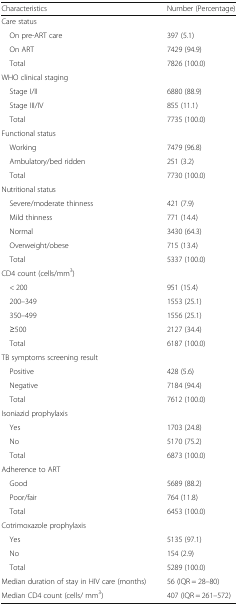
<table><thead><tr><td><b>Characteristics</b></td><td><b>Number (Percentage)</b></td></tr></thead><tbody><tr><td colspan="2">Care status</td></tr><tr><td> On pre-ART care</td><td>397 (5.1)</td></tr><tr><td> On ART</td><td>7429 (94.9)</td></tr><tr><td> Total</td><td>7826 (100.0)</td></tr><tr><td colspan="2">WHO clinical staging</td></tr><tr><td> Stage I/II</td><td>6880 (88.9)</td></tr><tr><td> Stage III/IV</td><td>855 (11.1)</td></tr><tr><td> Total</td><td>7735 (100.0)</td></tr><tr><td colspan="2">Functional status</td></tr><tr><td> Working</td><td>7479 (96.8)</td></tr><tr><td> Ambulatory/bed ridden</td><td>251 (3.2)</td></tr><tr><td> Total</td><td>7730 (100.0)</td></tr><tr><td colspan="2">Nutritional status</td></tr><tr><td> Severe/moderate thinness</td><td>421 (7.9)</td></tr><tr><td> Mild thinness</td><td>771 (14.4)</td></tr><tr><td> Normal</td><td>3430 (64.3)</td></tr><tr><td> Overweight/obese</td><td>715 (13.4)</td></tr><tr><td> Total</td><td>5337 (100.0)</td></tr><tr><td colspan="2">CD4 count (cells/mm<sup>3</sup>)</td></tr><tr><td> &lt; 200</td><td>951 (15.4)</td></tr><tr><td> 200–349</td><td>1553 (25.1)</td></tr><tr><td> 350–499</td><td>1556 (25.1)</td></tr><tr><td> ≥500</td><td>2127 (34.4)</td></tr><tr><td> Total</td><td>6187 (100.0)</td></tr><tr><td colspan="2">TB symptoms screening result</td></tr><tr><td> Positive</td><td>428 (5.6)</td></tr><tr><td> Negative</td><td>7184 (94.4)</td></tr><tr><td> Total</td><td>7612 (100.0)</td></tr><tr><td colspan="2">Isoniazid prophylaxis</td></tr><tr><td> Yes</td><td>1703 (24.8)</td></tr><tr><td> No</td><td>5170 (75.2)</td></tr><tr><td> Total</td><td>6873 (100.0)</td></tr><tr><td colspan="2">Adherence to ART</td></tr><tr><td> Good</td><td>5689 (88.2)</td></tr><tr><td> Poor/fair</td><td>764 (11.8)</td></tr><tr><td> Total</td><td>6453 (100.0)</td></tr><tr><td colspan="2">Cotrimoxazole prophylaxis</td></tr><tr><td> Yes</td><td>5135 (97.1)</td></tr><tr><td> No</td><td>154 (2.9)</td></tr><tr><td> Total</td><td>5289 (100.0)</td></tr><tr><td>Median duration of stay in HIV care (months)</td><td>56 (IQR = 28–80)</td></tr><tr><td>Median CD4 count (cells/ mm<sup>3</sup>)</td><td>407 (IQR = 261–572)</td></tr></tbody></table>